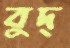
বুদ্